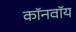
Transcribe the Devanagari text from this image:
कॉनवॉय